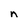
Character: n